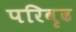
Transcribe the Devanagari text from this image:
परिवृढ